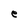
Character: e